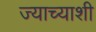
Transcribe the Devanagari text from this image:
ज्याच्याशी